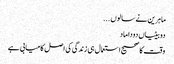
ماہرین نے سالوں ...
دوبیٹیاں دوداماد
وقت کا صحیح استعمال ہی زندگی کی اصل کامیابی ہے